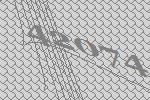
42074